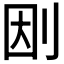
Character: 𠛭